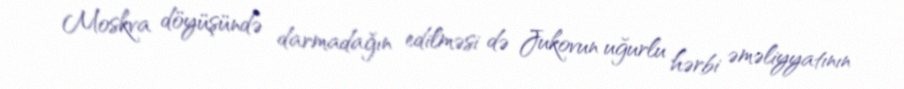
Moskva döyüşündə darmadağın edilməsi də Jukovun uğurlu hərbi əməliyyatının